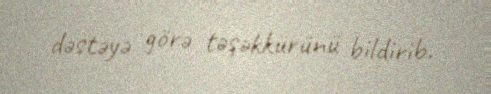
dəstəyə görə təşəkkürünü bildirib.